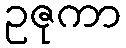
ဥဇုကာ